Civil Veterinary Department Bengal reports 1923-33 - 1923-1933
Year: 1923
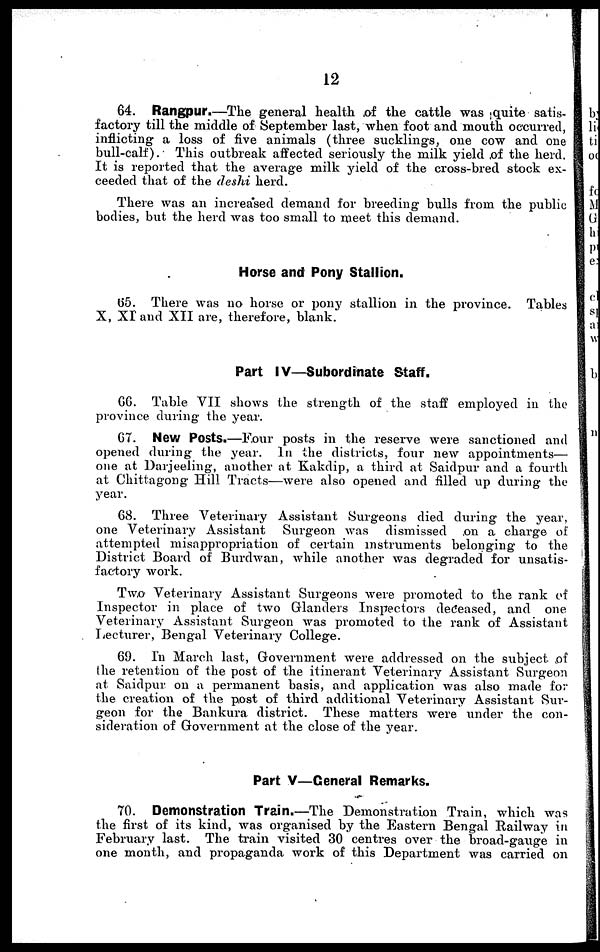
12
64. Rangpur.—The general health of the cattle was quite satis-
factory till the middle of September last, when foot and mouth occurred,
inflicting a loss of five animals (three sucklings, one cow and one
bull-calf). This outbreak affected seriously the milk yield ,of the herd.
It is reported that the average milk yield of the cross-bred stock ex-
ceeded that of the deshi herd.
There was an increased demand for breeding bulls from the public
bodies, but the herd was too small to meet this demand.
Horse and Pony Stallion.
65. There was no horse or pony stallion in the province. Tables
X, XI and XII are, therefore, blank.
Part IV—Subordinate Staff.
66. Table VII shows the strength of the staff employed in the
province during the year.
67. New Posts.—Four posts in the reserve were sanctioned and
opened during the year. In the districts, four new appointments—
one at Darjeeling, another at Kakdip, a third at Saidpur and a fourth
at Chittagong Hill Tracts—were also opened and filled up during the
year.
68. Three Veterinary Assistant Surgeons died during the year,
one Veterinary Assistant Surgeon was dismissed on a charge of
attempted misappropriation of certain instruments belonging to the
District Board of Burdwan, while another was degraded for unsatis-
factory work.
Two Veterinary Assistant Surgeons were promoted to the rank of
Inspector in place of two Glanders Inspectors deceased, and one
Veterinary Assistant Surgeon was promoted to the rank of Assistant
Lecturer, Bengal Veterinary College.
69. In March last, Government were addressed on the subject of
the retention of the post of the itinerant Veterinary Assistant Surgeon
at Saidpur on a permanent basis, and application was also made for
the creation of the post of third additional Veterinary Assistant Sur-
geon for the Bankura district. These matters were under the con-
sideration of Government at the close of the year.
Part V—General Remarks.
70. Demonstration Train.—The Demonstration Train, which was
the first of its kind, was organised by the Eastern Bengal Railway in
February last. The train visited 30 centres over the broad-gauge in
one month, and propaganda work of this Department was carried on